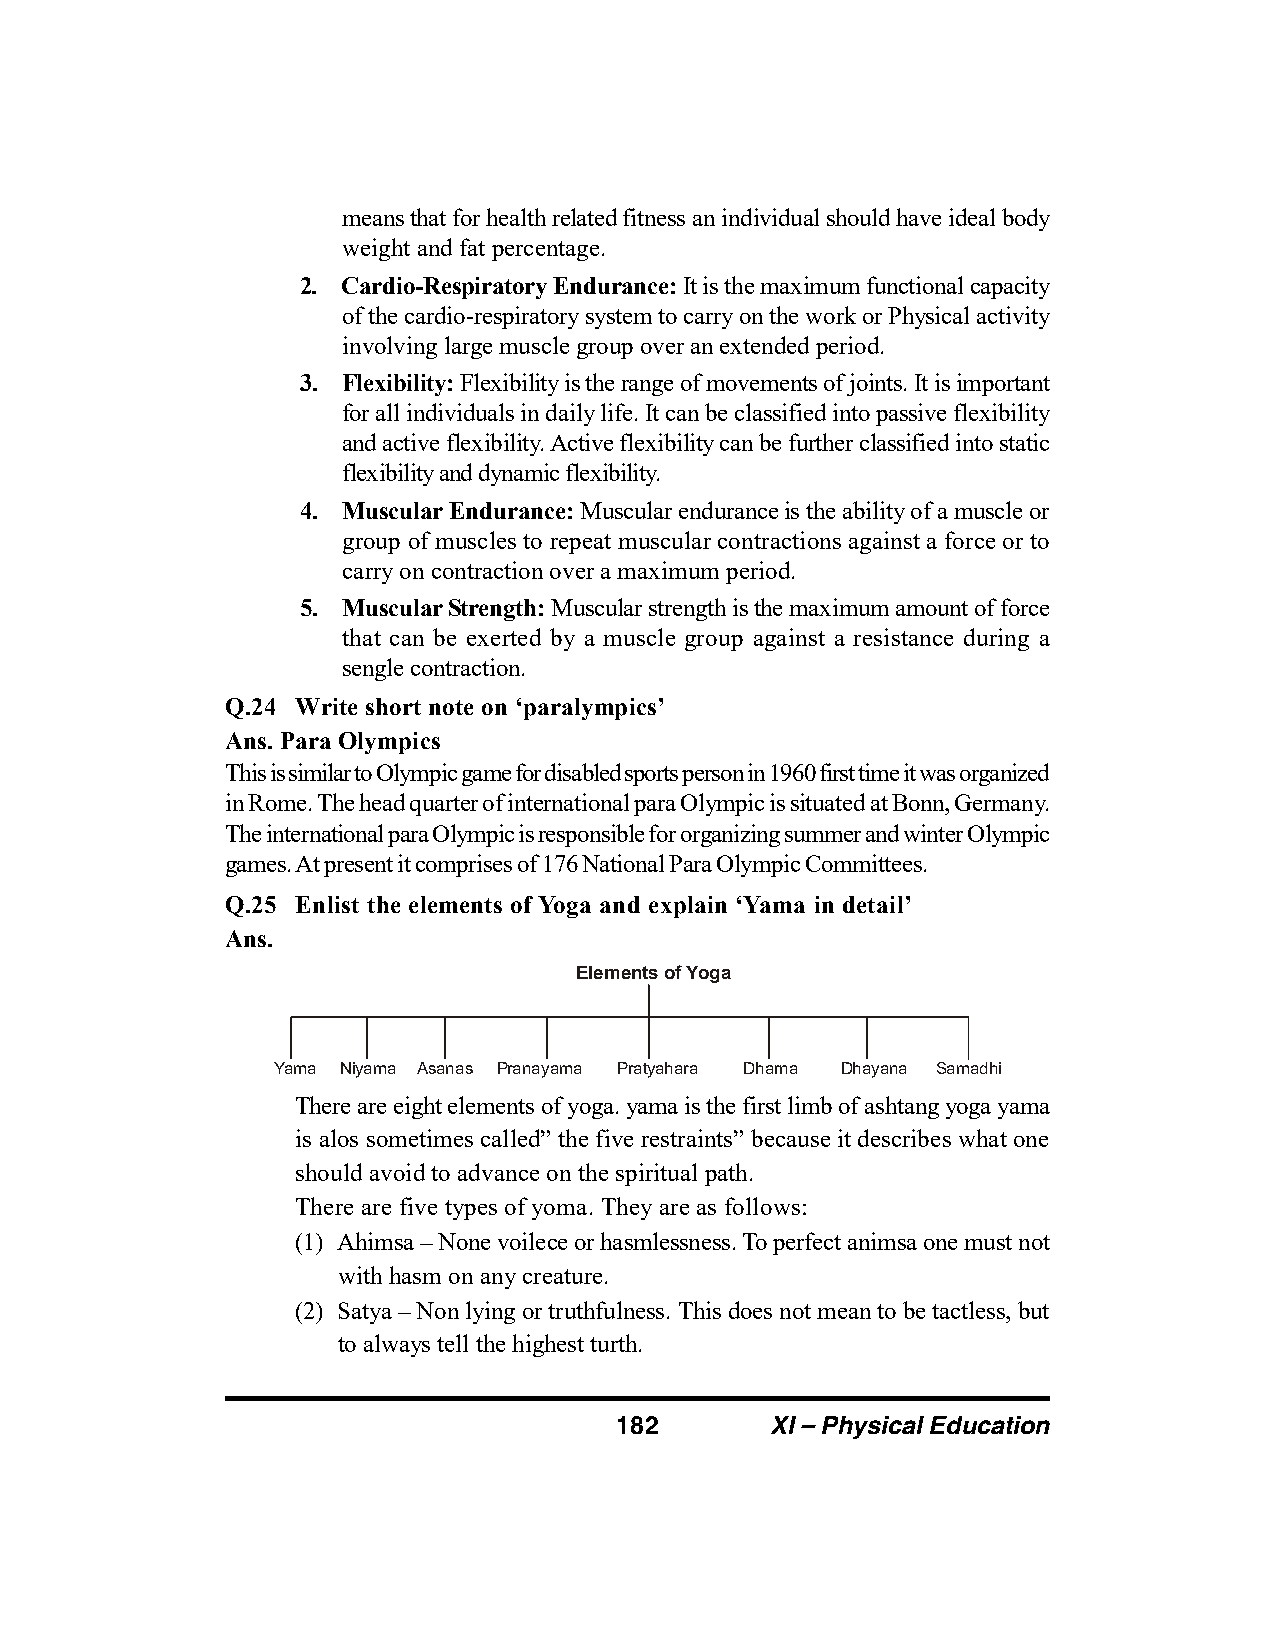
means that for health related fitness an individual should have ideal body
 weight and fat percentage.
 2. Cardio-Respiratory Endurance: It is the maximum functional capacity
 of the cardio-respiratory system to carry on the work or Physical activity
 involving large muscle group over an extended period.
 3. Flexibility: Flexibility is the range of movements of joints. It is important
 for all individuals in daily life. It can be classified into passive flexibility
 and active flexibility. Active flexibility can be further classified into static
 flexibility and dynamic flexibility.
 4. Muscular Endurance: Muscular endurance is the ability of a muscle or
 group of muscles to repeat muscular contractions against a force or to
 carry on contraction over a maximum period.
 5. Muscular Strength: Muscular strength is the maximum amount of force
 that can be exerted by a muscle group against a resistance during a
 sengle contraction.
 Q.24 Write short note on ‘paralympics’
 Ans. Para Olympics
 This is similar to Olympic game for disabled sports person in 1960 first time it was organized
 in Rome. The head quarter of international para Olympic is situated at Bonn, Germany.
 The international para Olympic is responsible for organizing summer and winter Olympic
 games. At present it comprises of 176 National Para Olympic Committees.
 Q.25 Enlist the elements of Yoga and explain ‘Yama in detail’
 Ans.
 Elements of Yoga
 Yama Niyama Asanas Pranayama Pratyahara Dharna Dhayana Samadhi
 There are eight elements of yoga. yama is the first limb of ashtang yoga yama
 is alos sometimes called” the five restraints” because it describes what one
 should avoid to advance on the spiritual path.
 There are five types of yoma. They are as follows:
 (1) Ahimsa – None voilece or hasmlessness. To perfect animsa one must not
 with hasm on any creature.
 (2) Satya – Non lying or truthfulness. This does not mean to be tactless, but
 to always tell the highest turth.
 182       XI – Physical Education